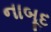
નાબૂદ